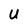
Character: U